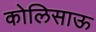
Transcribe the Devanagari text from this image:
कोलिसाऊ